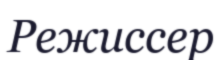
Режиссер